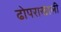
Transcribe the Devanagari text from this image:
ढोपराखाली